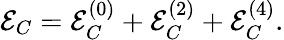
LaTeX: {\cal E}_{C}={\cal E}_{C}^{(0)}+{\cal E}_{C}^{(2)}+{\cal E}_{C}^{(4)}.